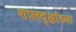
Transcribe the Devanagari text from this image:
शालवृक्षांच्या